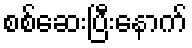
စစ်ဆေးပြီးနောက်